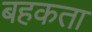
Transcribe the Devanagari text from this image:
बहकता